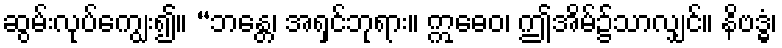
ဆွမ်းလုပ်ကျွေး၍။ “ဘန္တေ၊ အရှင်ဘုရား။ ဣဓေဝ၊ ဤအိမ်၌သာလျှင်။ နိဗဒ္ဓံ၊